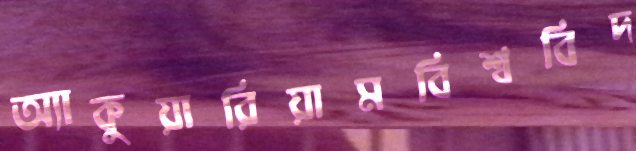
অ্যাকুয়ারিয়ামবিশ্ববিদ